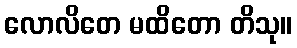
လောလိတေ မထိတော တိသု။